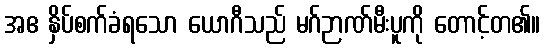
အဧ နှိပ်စက်ခံရသော ယောဂီသည် မဂ်ဉာဏ်မီးပူကို တောင့်တ၏။